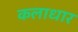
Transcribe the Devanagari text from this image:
कलाधार